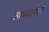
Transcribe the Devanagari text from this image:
ओथंबलेले